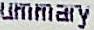
UMMARY